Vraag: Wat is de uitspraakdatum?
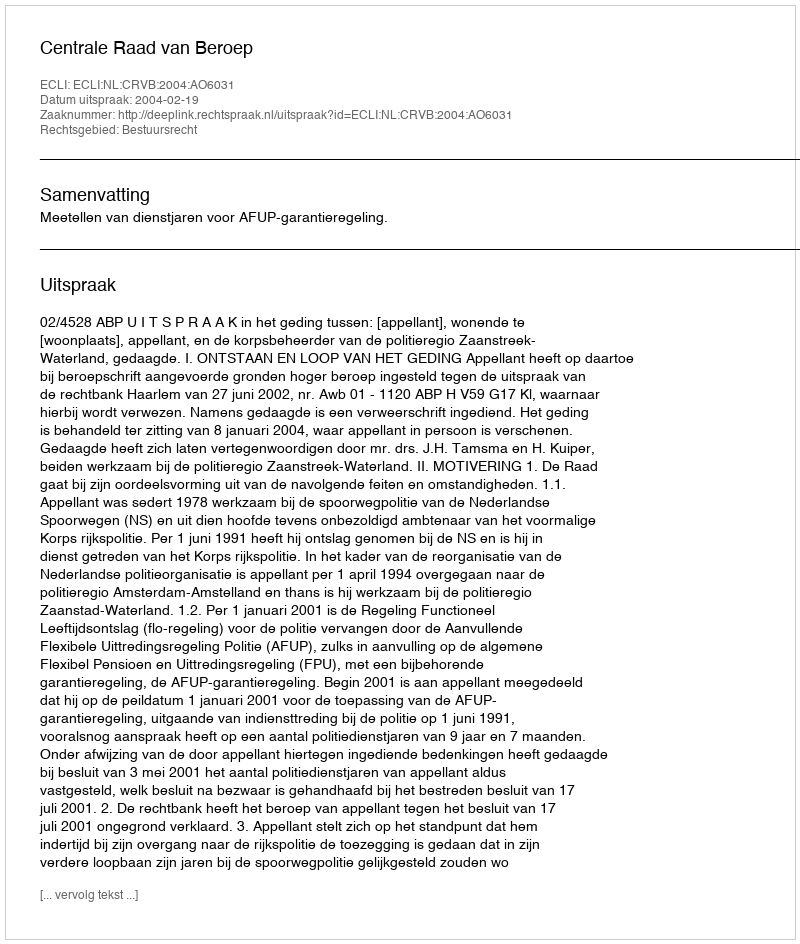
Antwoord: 2004-02-19